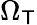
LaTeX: \Omega_{\mathsf{T}}